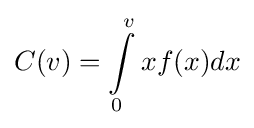
C(v)=\int \limits _{0}^{v}{}xf(x)dx